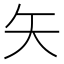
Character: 矢